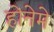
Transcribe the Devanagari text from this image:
होनेमे